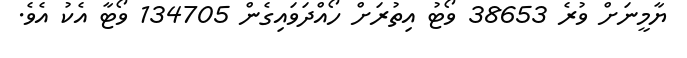
ޔާމީނަށް ވުރެ 38653 ވޯޓު އިތުރަށް ހޯއްދަވައިގެން 134705 ވޯޓާ އެކު އެވެ.